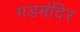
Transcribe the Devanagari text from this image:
गडमंदिर